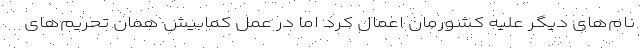
نام‌های دیگر علیه کشورمان اعمال کرد اما در عمل کمابیش همان تحریم‌های